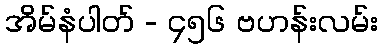
အိမ်နံပါတ် - ၄၅၆ ဗဟန်းလမ်း